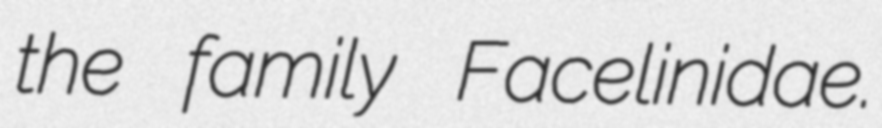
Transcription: the family Facelinidae.